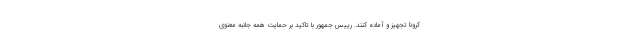
کرونا تجهیز و آماده کنند. رییس جمهور با تاکید بر حمایت همه جانبه معنوی